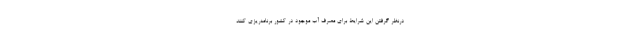
درنظر گرفتن این شرایط برای مصرف آب موجود در کشور برنامه‌ریزی کنند